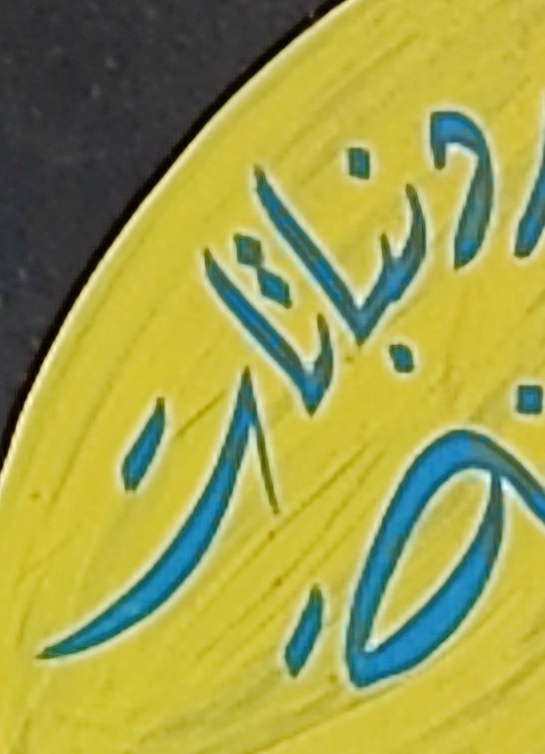
ونباتات